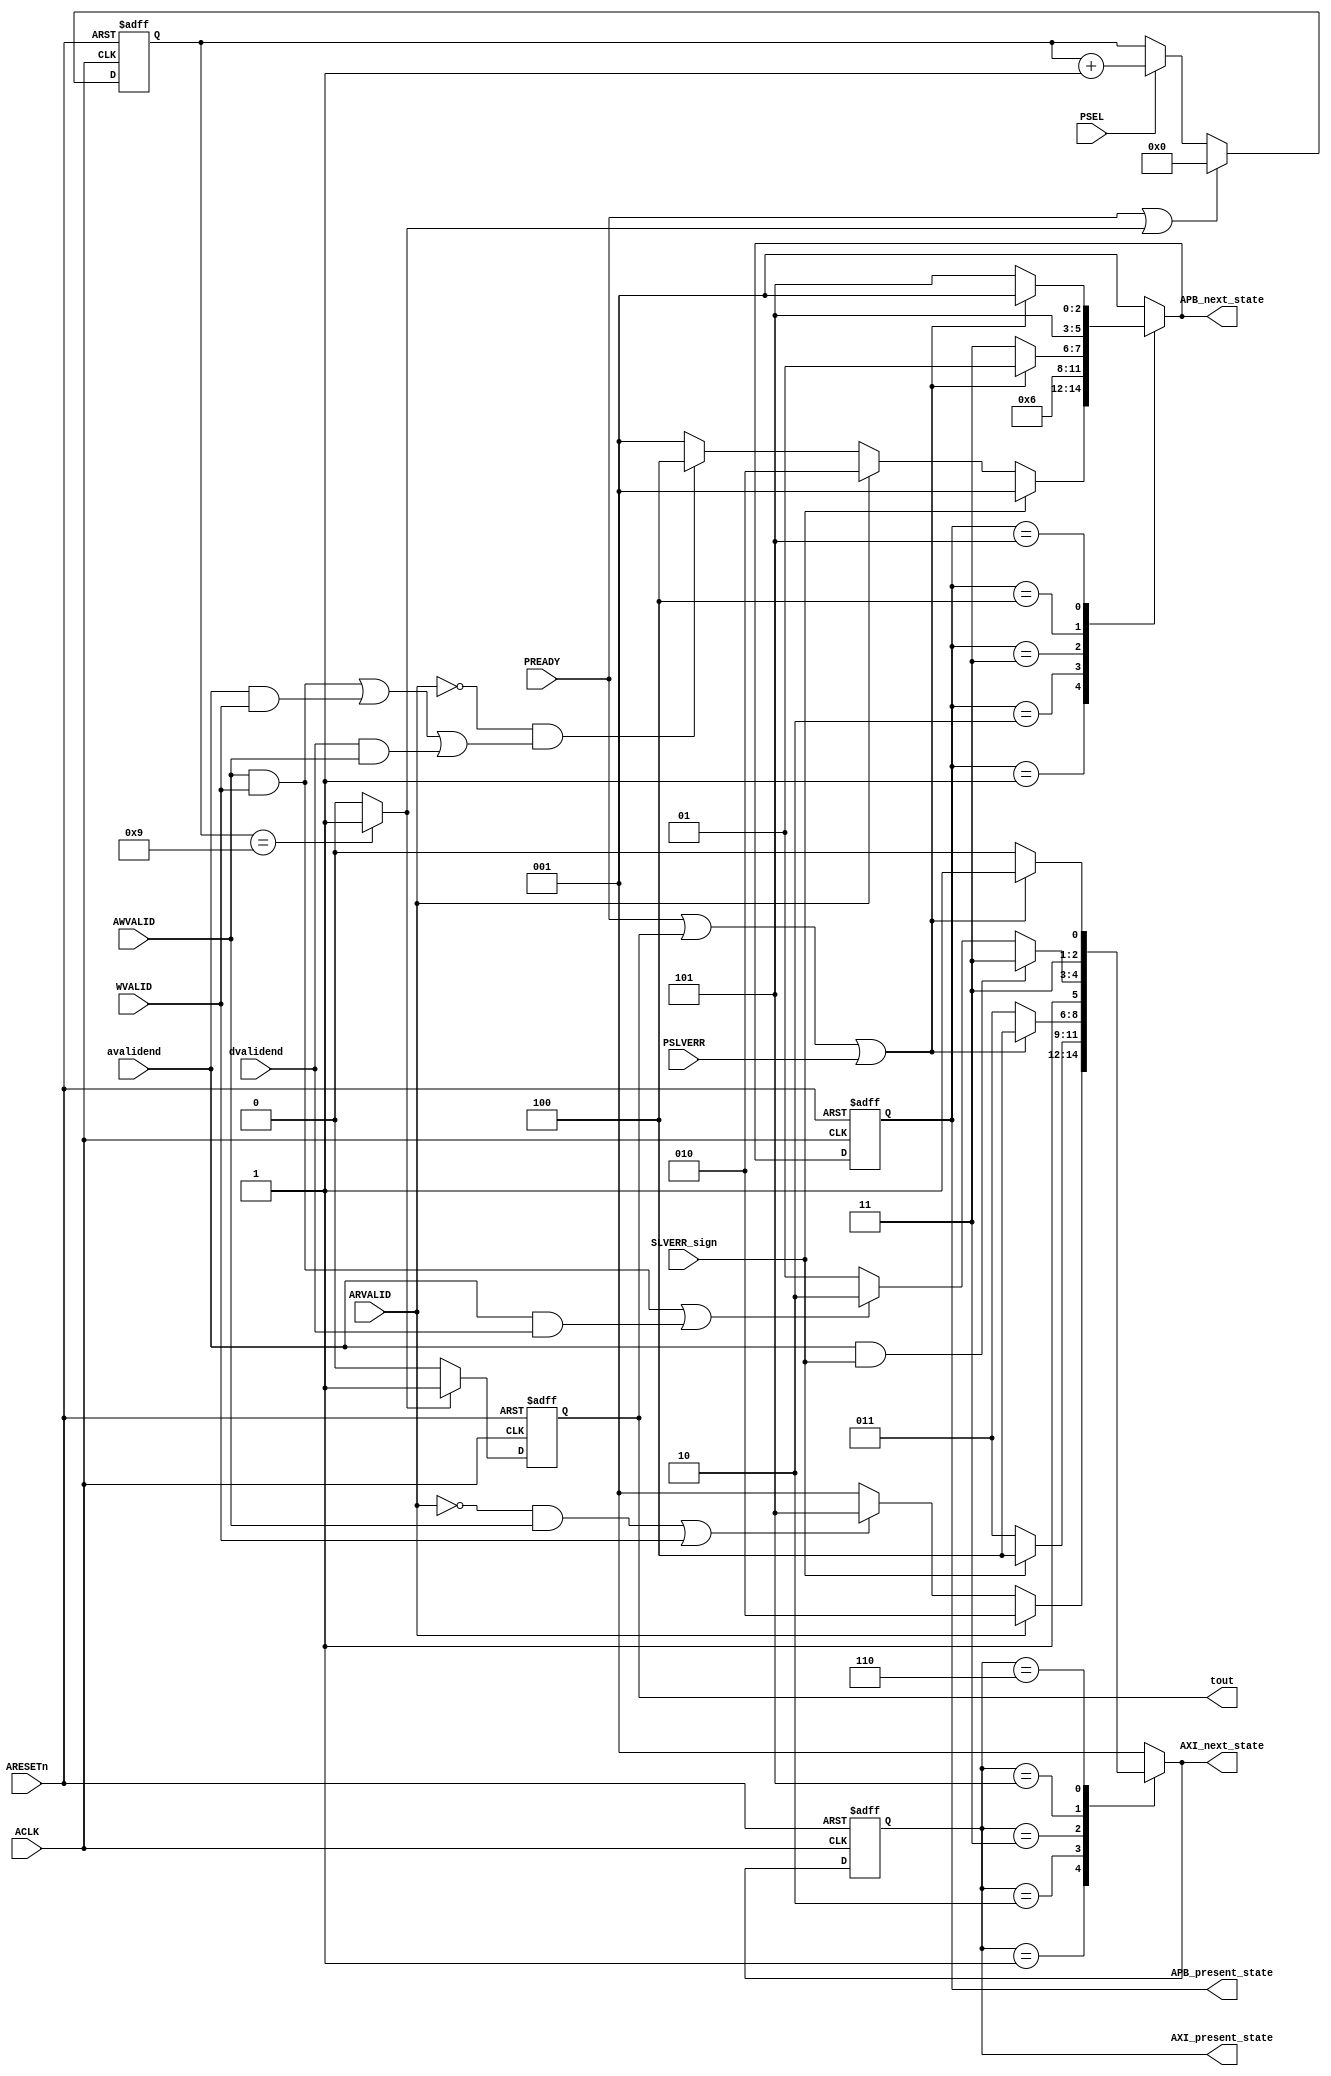
 /* ------------------------------------------------------------------------
 2020/05/22
	: bridge_stm.v
	: AXI-Lite to APB bridge
	
	
Icarus cmd:



------------------------------------------------------------------------ */
`timescale 1ns/1ps

/* for main definiton */

`define  OKAY            2'b00

`define  EXOKAY          2'b01

`define  SLVERR          2'b10

`define  DECERR          2'b11



`define AXI4_ADDR_WIDTH  32         // 32bits address AXI

`define AXI4_RDATA_WIDTH 32         // 32bits read AXI

`define AXI4_WDATA_WIDTH 32         // 32bits write AXI

`define APB_ADDR_WIDTH   16         // 16bits address APB



`define  AXI_IDLE        3'b001     //1

`define  SEND_RADDR      3'b010     //2

`define  RDATA_WAIT      3'b011     //3

`define  RDATA_TRANSFER  3'b100     //4

`define  ADDR_WRITE_DATA 3'b101     //5

`define  WDATA_WAIT      3'b110     //6

`define  WRITE_END       3'b111     //7

  

`define  APB_IDLE        3'b001     //1

`define  APB_RSETUP      3'b010     //2

`define  APB_RACCESS     3'b011     //3

`define  APB_WSETUP      3'b100     //4

`define  APB_WACCESS     3'b101     //5


/* for testbench definiton */
module bridge_stm(
           ACLK,ARESETn,AWVALID,WVALID,ARVALID,PSEL,PREADY,PSLVERR,
	       AXI_next_state,AXI_present_state,APB_present_state,APB_next_state,
	       tout,SLVERR_sign,avalidend,dvalidend
);
   input                              ACLK;                    // 
   input                              ARESETn;                // ,LOW
   input                              AWVALID;                //AXI AWADDR 
   input                              WVALID;                 //AXI 
   input                              ARVALID;                //AXI ARADDR 
   input                              PSEL; 
   input                              PREADY; 
   input                              PSLVERR; 
   input                              avalidend;              // address valid end flag
   input                              dvalidend;              // data valid end flag 
   input                              SLVERR_sign;   
   
// AXI state machine  
   output reg [2:0]                   AXI_present_state;      // APB state machine  
   output reg [2:0]                   AXI_next_state;         // APB state machine  
// APB state machine    
   output reg [2:0]                   APB_present_state;      // APB state machine  
   output reg [2:0]                   APB_next_state;         // APB state machine  
//    
   output reg                         tout;                  //

   
   parameter UD             = 1;           // Unit delay
   parameter COUNTER        = 5;           // 5bits counter
   parameter COMP           = 9;           // compare value counter  
     
   
   reg [COUNTER-1:0]cnt;
   wire flag_cmp;
  
   assign flag_cmp = (cnt == COMP) ? 1 : 0;
//  timeout counter    
   always @(posedge ACLK or negedge ARESETn) begin
   if (!ARESETn)
     cnt <= #(UD)1'b0;
   else if (PREADY || flag_cmp )
     cnt <= #(UD)1'b0;	 
   else if (PSEL == 1'b1)
     cnt <= #(UD)cnt + 1'b1;
   else 
     cnt <= #(UD)cnt;
   end
   always @(posedge ACLK or negedge ARESETn) begin
   if (!ARESETn)
     tout <= #(UD)1'b0;
   else
     tout <= #(UD)(flag_cmp == 1'b1) ? 1 : 0;
   end
   
 always @(posedge ACLK or negedge ARESETn) 
  begin
    if(!ARESETn) 
	  begin
         AXI_present_state <= #(UD)`AXI_IDLE;
	     APB_present_state <= #(UD)`APB_IDLE; 
	  end
    else 
	  begin
         AXI_present_state <= #(UD)AXI_next_state;
         APB_present_state <= #(UD)APB_next_state;	
	  end
  end		
// AXI slave 
  always @(AXI_present_state or AWVALID or WVALID or ARVALID or avalidend or dvalidend or PREADY or SLVERR_sign or tout or PSLVERR)  
   begin
    AXI_next_state = `AXI_IDLE;
    case(AXI_present_state)
   `AXI_IDLE:        //1
      begin
      if (ARVALID == 1'b1) 
        AXI_next_state = `SEND_RADDR;
      else if (!ARVALID && AWVALID || WVALID)
        AXI_next_state = `ADDR_WRITE_DATA;   
      else 
        AXI_next_state = `AXI_IDLE;
   end
   `SEND_RADDR:      //2
      begin 
//      if(ARVALID == 1'b1 && SLVERR_sign == 1'b1)
      if(SLVERR_sign == 1'b1)
	    AXI_next_state = `RDATA_TRANSFER;
      else
	    AXI_next_state = `RDATA_WAIT;
   end
  `RDATA_WAIT:      //3
   begin
      if (PREADY || tout || PSLVERR)
	    AXI_next_state = `RDATA_TRANSFER;
      else  
	    AXI_next_state = `RDATA_WAIT;
      end
   `RDATA_TRANSFER:  //4
    begin                                          
	    AXI_next_state = `AXI_IDLE;
    end	 
   `ADDR_WRITE_DATA: //5
    begin
	  if (avalidend && SLVERR_sign)
        AXI_next_state = `WRITE_END;	   
	  else if ((AWVALID & WVALID) || (avalidend & dvalidend ))  
 	    AXI_next_state = `WDATA_WAIT;
	  else 
	    AXI_next_state = `ADDR_WRITE_DATA;
    end
   `WDATA_WAIT:     //6
    begin  
      if (PREADY || tout || PSLVERR )
	    AXI_next_state = `WRITE_END; 
	  else 
	    AXI_next_state = `WDATA_WAIT; 
    end	 
   `WRITE_END:      //7
    begin 
	    AXI_next_state = `AXI_IDLE; 
    end 
  endcase
 end
 
//   APB master  
  always @(APB_present_state or AWVALID or WVALID or ARVALID or PREADY or avalidend or dvalidend or SLVERR_sign or tout) 
   begin
     APB_next_state = `APB_IDLE;
   case(APB_present_state)
   `APB_IDLE:     //1
    begin
     if(SLVERR_sign == 1'b0)
	   if (ARVALID == 1'b1)
        APB_next_state = `APB_RSETUP;
	   else if ((ARVALID == 1'b0) && ((AWVALID & WVALID) || (avalidend & WVALID ) || (dvalidend & AWVALID)))
        APB_next_state = `APB_WSETUP; 
	   else 
        APB_next_state = `APB_IDLE;
	 else
	   APB_next_state = `APB_IDLE;
   end
   `APB_RSETUP:   //2
    begin
        APB_next_state = `APB_RACCESS; 
    end
   `APB_RACCESS:  //3
    begin
      if (PREADY || tout || PSLVERR)    
        APB_next_state = `APB_IDLE;    
	  else
	    APB_next_state = `APB_RACCESS;   
    end
   `APB_WSETUP:  //4  
    begin
        APB_next_state = `APB_WACCESS; 
    end
   `APB_WACCESS: //5 
    begin
      if (PREADY || tout || PSLVERR ) 
        APB_next_state = `APB_IDLE;       
	  else
	    APB_next_state = `APB_WACCESS;  
      end	 
   endcase
 end  

endmodule